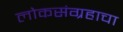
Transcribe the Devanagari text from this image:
लोकसंग्रहाचा